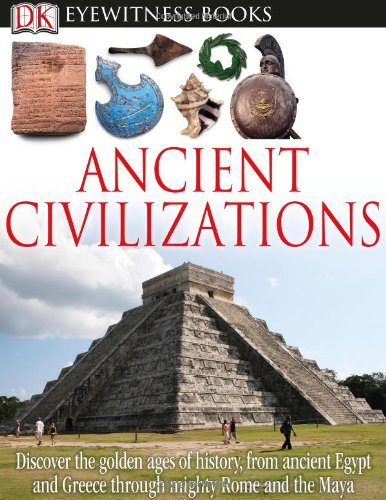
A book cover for DK Eyewitness Books: Ancient Civilizations; Joseph Fullman; Children's Books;